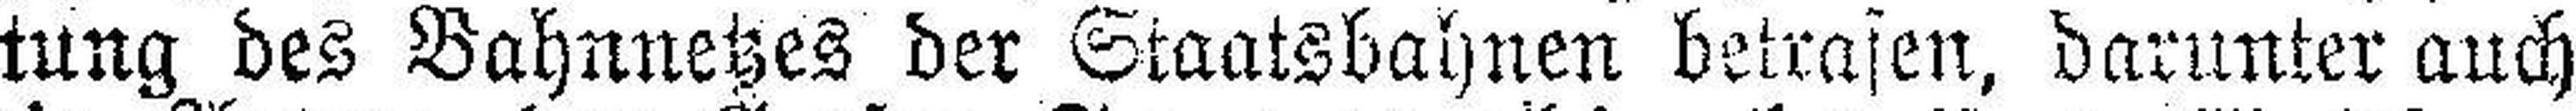
tung des Bahnnetzes der Staatsbahnen betrasen, darunter auch